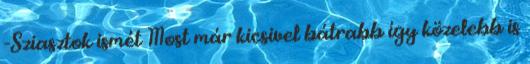
-Sziasztok ismét Most már kicsivel bátrabb így közelebb is